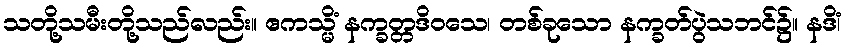
သတို့သမီးတို့သည်လည်း။ ဧကသ္မိံ နက္ခတ္တဒိဝသေ၊ တစ်ခုသော နက္ခတ်ပွဲသဘင်၌။ နဒိံ၊